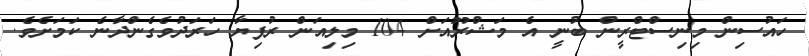
ހައުސިން މިނިސްޓްރީން ބުނީ އެ މަޝްރޫއަށް 104 މިލިއަން ރުފިޔާ ހަރަދުވެގެންދާނެ ކަމަށެވެ.